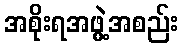
အစိုးရအဖွဲ့အစည်း